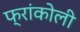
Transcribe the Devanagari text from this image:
फ्रांकोली